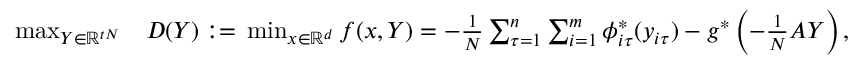
\begin{array} { r l } { \operatorname* { m a x } _ { Y \in \mathbb { R } ^ { t N } } } & { D ( Y ) \; { : = } \; \operatorname* { m i n } _ { x \in \mathbb { R } ^ { d } } f ( x , Y ) = - \frac { 1 } { N } \sum _ { \tau = 1 } ^ { n } \sum _ { i = 1 } ^ { m } \phi _ { i \tau } ^ { * } ( y _ { i \tau } ) - g ^ { * } \left( - \frac { 1 } { N } A Y \right) , } \end{array}